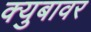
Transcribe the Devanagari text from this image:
क्युबावर